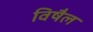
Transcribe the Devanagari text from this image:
विषैल